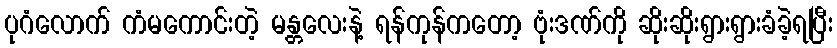
ပုဂံလောက် ကံမကောင်းတဲ့ မန္တလေးနဲ့ ရန်ကုန်ကတော့ ဗုံးဒဏ်ကို ဆိုးဆိုးရွားရွားခံခဲ့ရပြီး